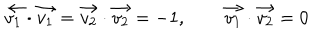
LaTeX: \vec { v _ { 1 } } \cdot \vec { v _ { 1 } } = \vec { v _ { 2 } } \cdot \vec { v _ { 2 } } = - 1 , \qquad \vec { v _ { 1 } } \cdot \vec { v _ { 2 } } = 0